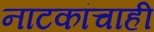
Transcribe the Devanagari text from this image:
नाटकांचाही